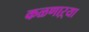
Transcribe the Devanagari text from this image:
कळणाऱ्या